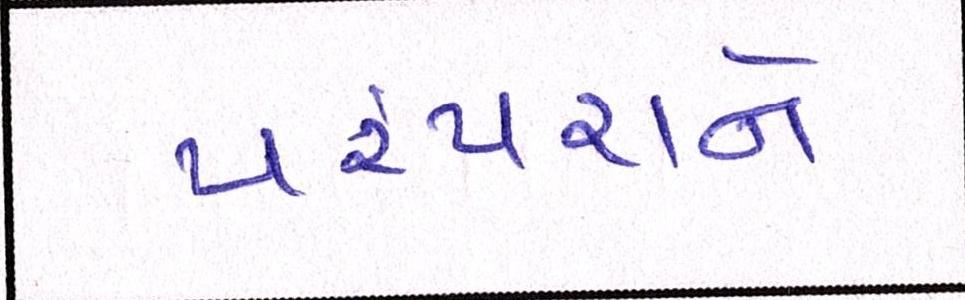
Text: પરંપરાને